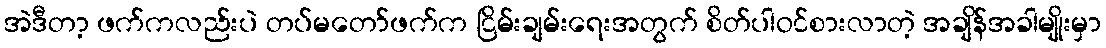
အဲဒီတာ့ ဖက်ကလည်းပဲ တပ်မတော်ဖက်က ငြိမ်းချမ်းရေးအတွက် စိတ်ပါဝင်စားလာတဲ့ အချိန်အခါမျိုးမှာ